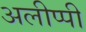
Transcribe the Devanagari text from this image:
अलीप्पी